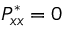
P _ { x x } ^ { * } = 0